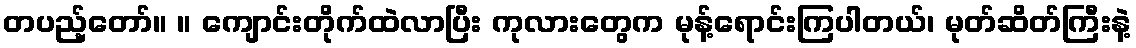
တပည့်တော်။ ။ ကျောင်းတိုက်ထဲလာပြီး ကုလားတွေက မုန့်ရောင်းကြပါတယ်၊ မုတ်ဆိတ်ကြီးနဲ့